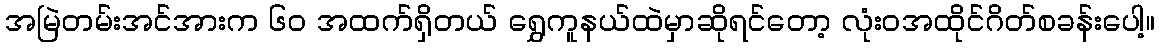
အမြဲတမ်းအင်အားက ၆၀ အထက်ရှိတယ် ရွှေကူနယ်ထဲမှာဆိုရင်တော့ လုံးဝအထိုင်ဂိတ်စခန်းပေါ့။